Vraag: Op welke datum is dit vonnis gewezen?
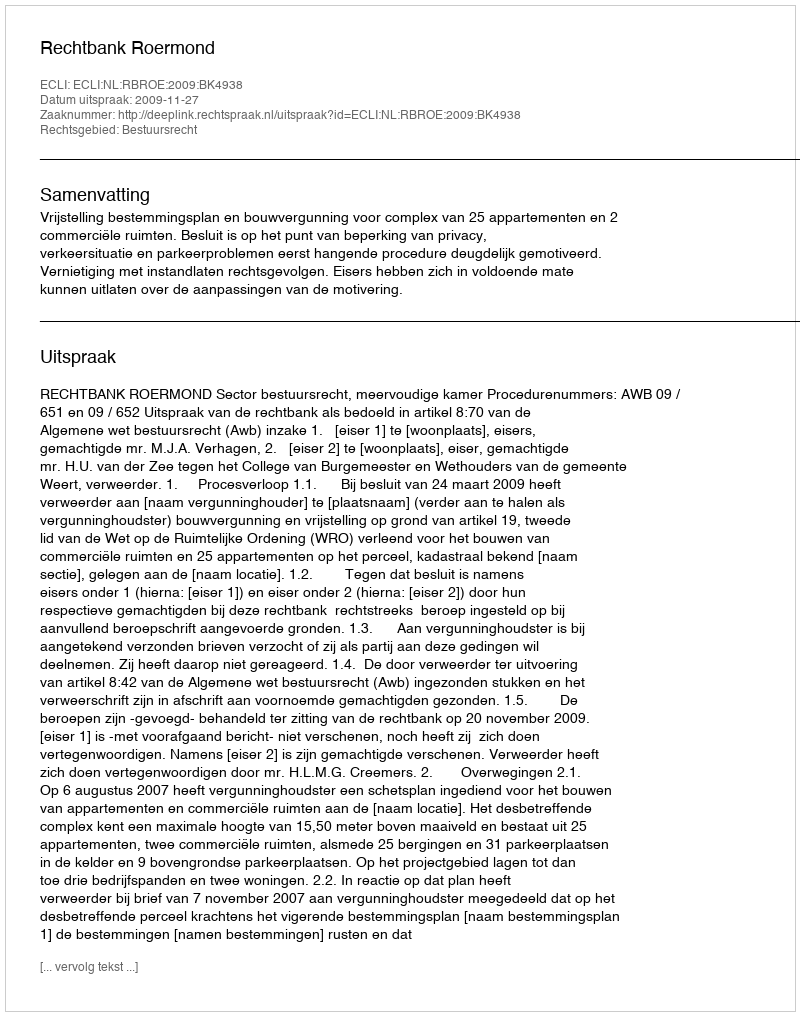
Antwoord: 2009-11-27